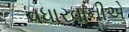
વધારવાનીએ